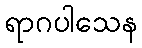
ရာဂပါသေန